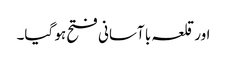
اور قلعہ با آسانی فتح ہو گیا۔